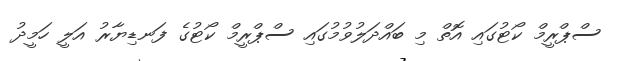
ސްޕްރީމް ކޯޓުގައި އޮތް މި ބައްދަލުވުމުގައި ސްޕްރީމް ކޯޓުގެ ފަނޑިޔާރު އަލީ ހަމީދު